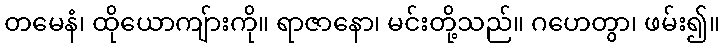
တမေနံ၊ ထိုယောကျ်ားကို။ ရာဇာနော၊ မင်းတို့သည်။ ဂဟေတွာ၊ ဖမ်း၍။